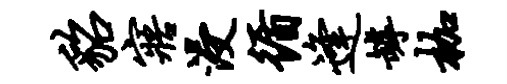
貂寤浸循逢罅枷